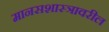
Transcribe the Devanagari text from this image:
मानसशास्‍त्रावरील